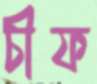
চীফ